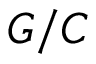
G / C